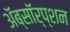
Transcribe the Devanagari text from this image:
ॲब्सॉर्प्शन